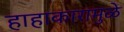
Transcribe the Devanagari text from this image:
हाहाकारामुळे